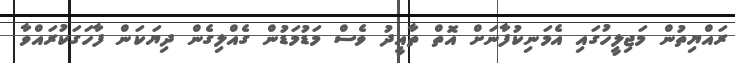
ރައްޔިތުން މަޖިލީހުގައި އެމަނިކުފާނަށް އޮތް ތާއީދު ވެސް މަޑުމަޑުން ގެއްލިގެން ދިޔަކަން ފާހަގަކުރައްވާ